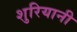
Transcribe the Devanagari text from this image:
शुरियानी